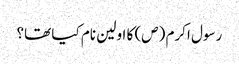
رسول اکرم (ص) کا اولین نام کیا تھا؟